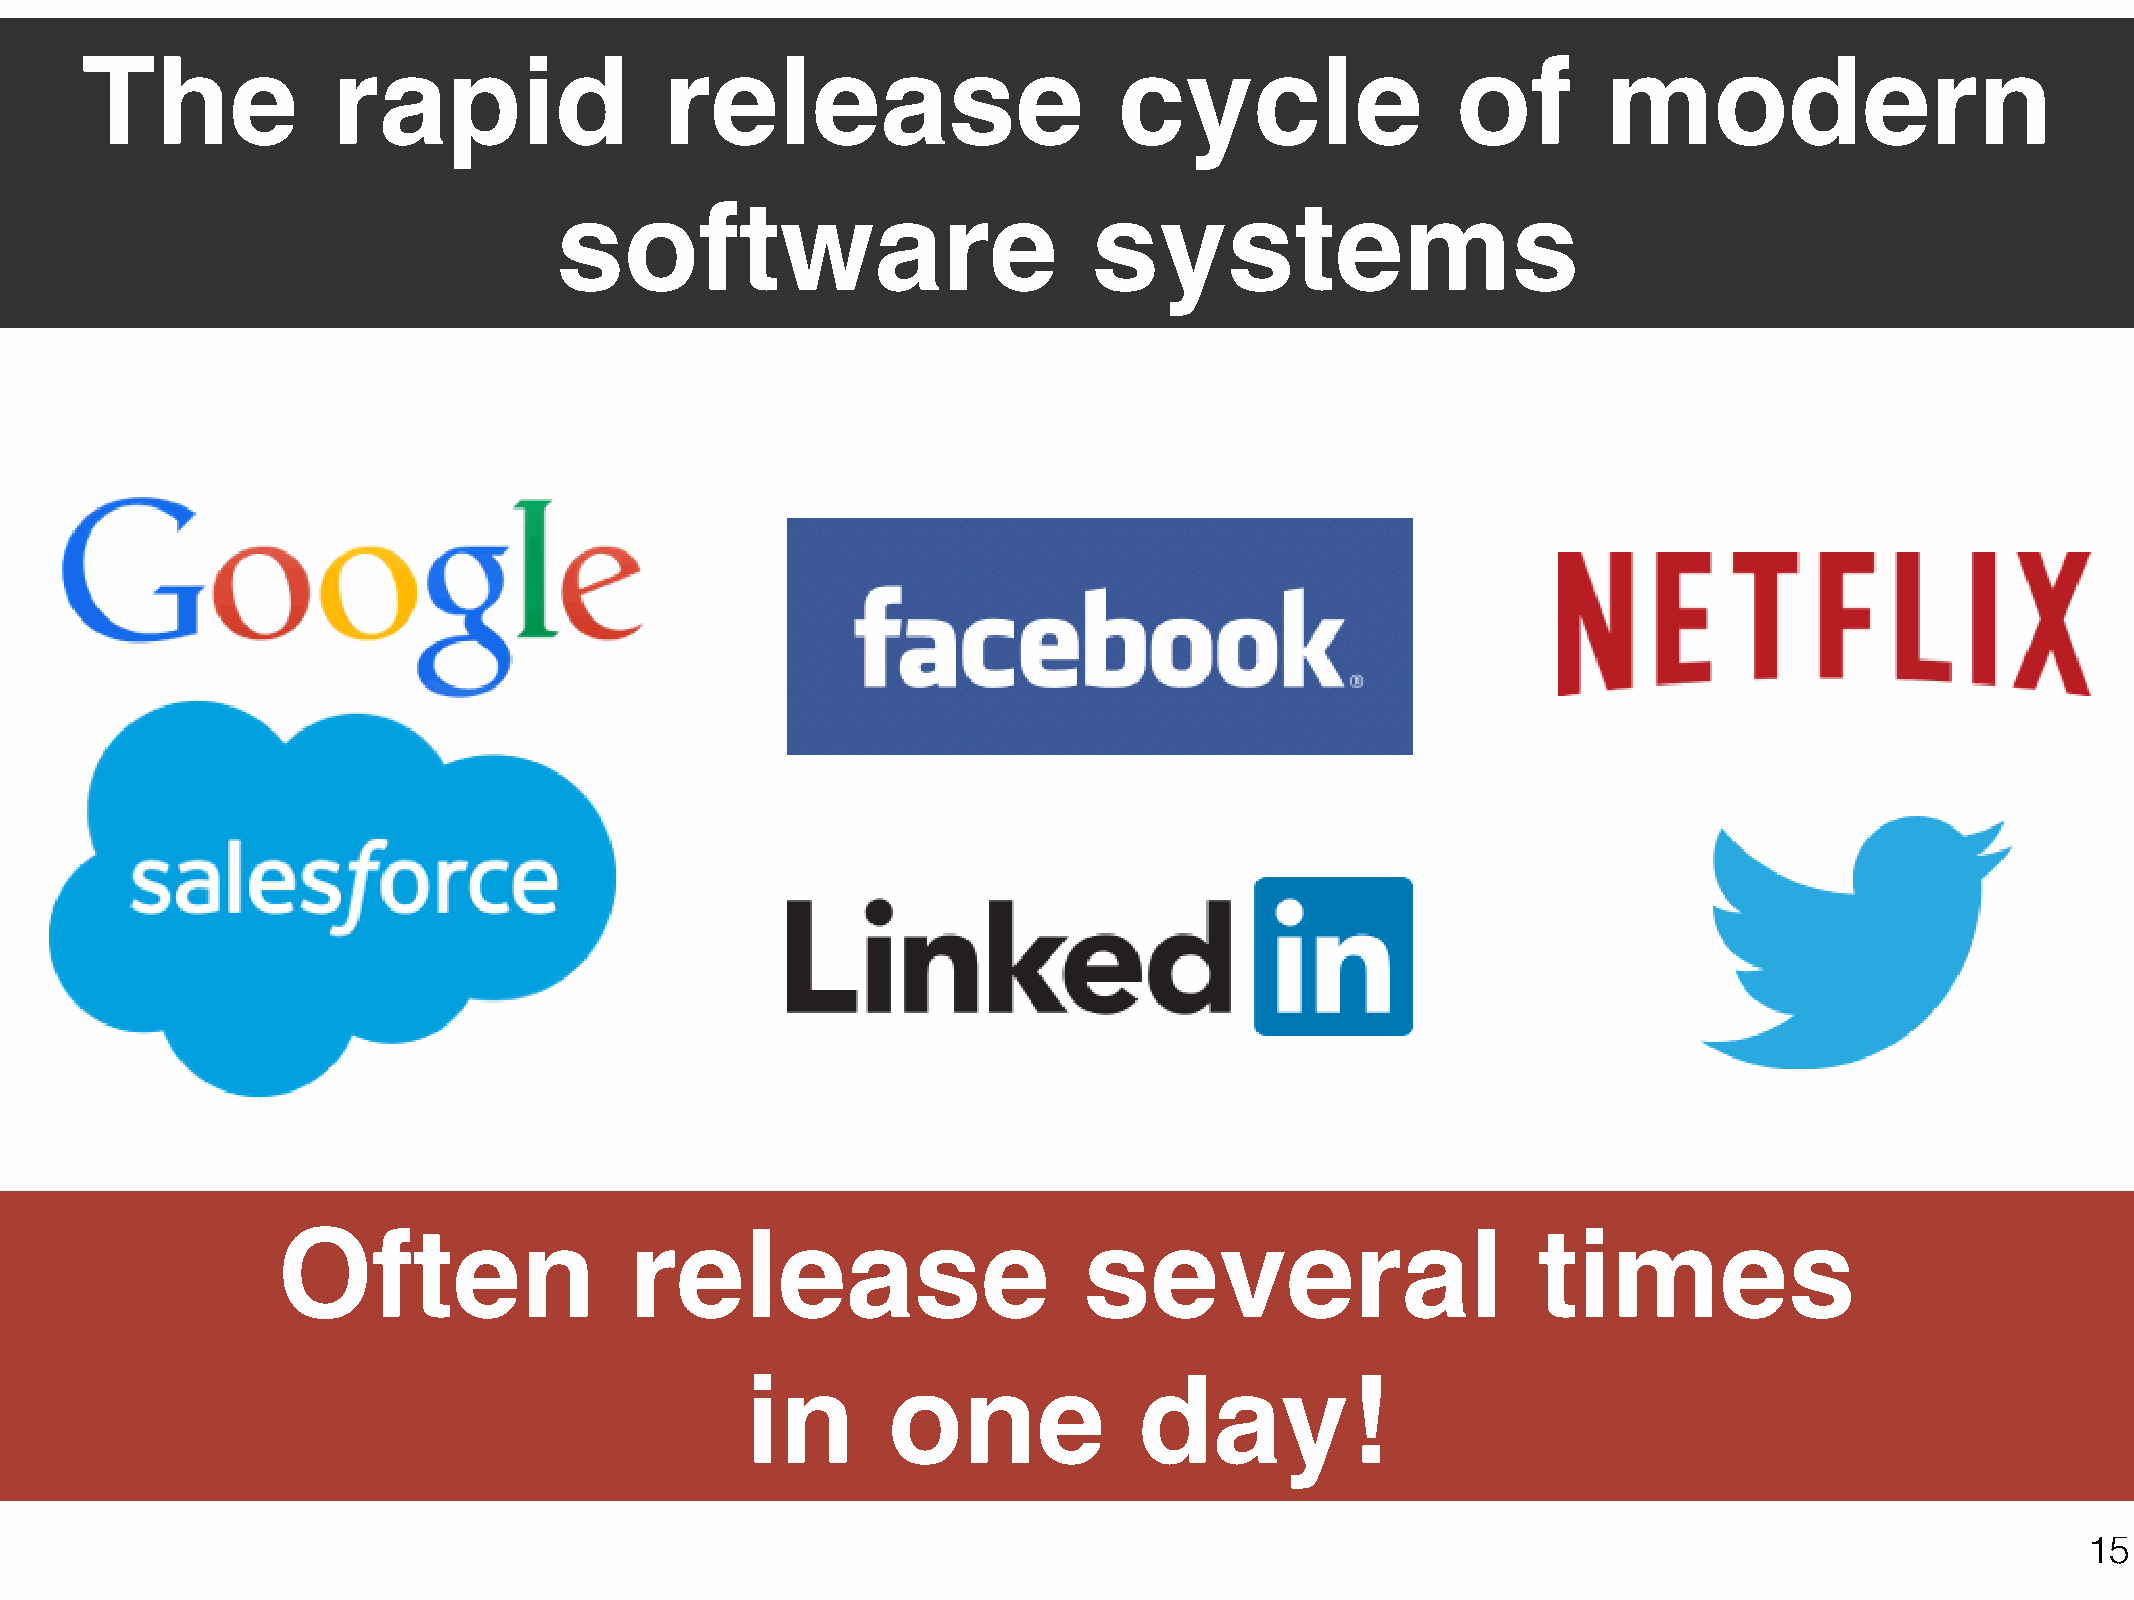
The              rapid                 release                       cycle                 of        modern
 software                           systems
 Often                   release                       several                       times
 in        one             day!
 15